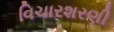
વિચારશરણી